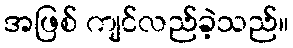
အဖြစ် ကျင်လည်ခဲ့သည်။